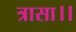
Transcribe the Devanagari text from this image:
त्रासा।।